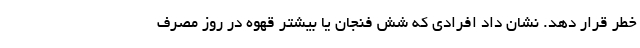
خطر قرار دهد. نشان داد افرادی که شش فنجان یا بیشتر قهوه در روز مصرف